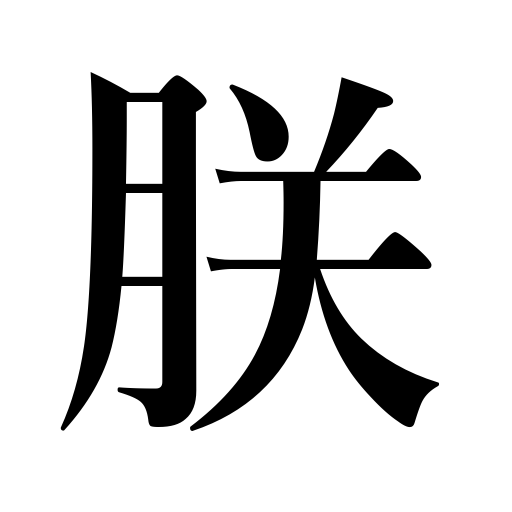
Meanings: imperial we